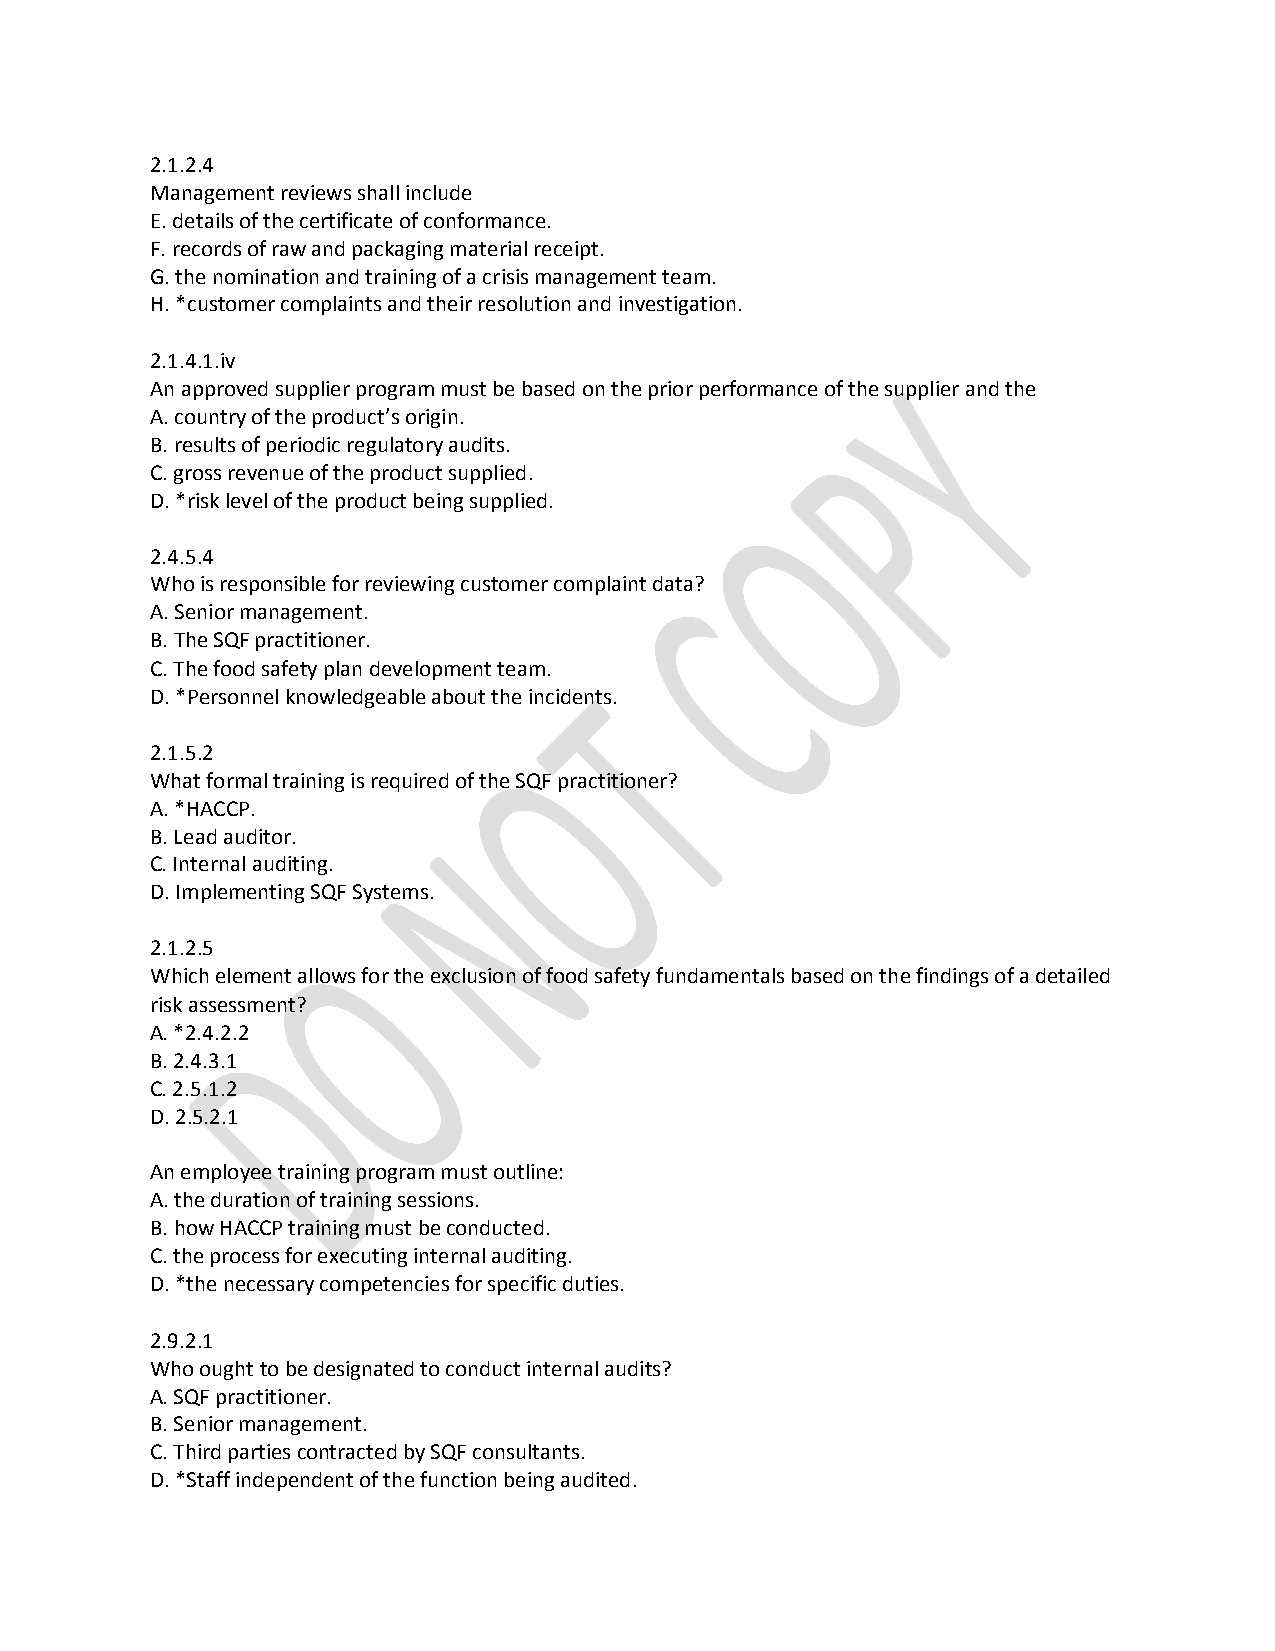
2.1.2.4
 Management reviews shall include
 E. details of the certificate of conformance.
 F. records of raw and packaging material receipt.
 G. the nomination and training of a crisis management team.
 H. *customer complaints and their resolution and investigation.
 2.1.4.1.iv
 An approved supplier program must be based on the prior performance of the supplier and the
 A. country of the product’s origin.
 B. results of periodic regulatory audits.
 C. gross revenue of the product supplied.
 D. *risk level of the product being supplied.
 2.4.5.4
 Who is responsible for reviewing customer complaint data?
 A. Senior management.
 B. The SQF practitioner.
 C. The food safety plan development team.
 D. *Personnel knowledgeable about the incidents.
 2.1.5.2
 What formal training is required of the SQF practitioner?
 A. *HACCP.
 B. Lead auditor.
 C. Internal auditing.
 D. Implementing SQF Systems.
 2.1.2.5
 Which element allows for the exclusion of food safety fundamentals based on the findings of a detailed
 risk assessment?
 A. *2.4.2.2
 B. 2.4.3.1
 C. 2.5.1.2
 D. 2.5.2.1
 An employee training program must outline:
 A. the duration of training sessions.
 B. how HACCP training must be conducted.
 C. the process for executing internal auditing.
 D. *the necessary competencies for specific duties.
 2.9.2.1
 Who ought to be designated to conduct internal audits?
 A. SQF practitioner.
 B. Senior management.
 C. Third parties contracted by SQF consultants.
 D. *Staff independent of the function being audited.